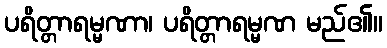
ပရိတ္တာရမ္မဏာ၊ ပရိတ္တာရမ္မဏ မည်၏။